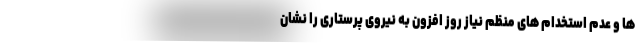
ها و عدم استخدام های منظم نیاز روز افزون به نیروی پرستاری را نشان